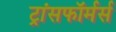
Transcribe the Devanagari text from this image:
ट्रांसफॉर्मर्स